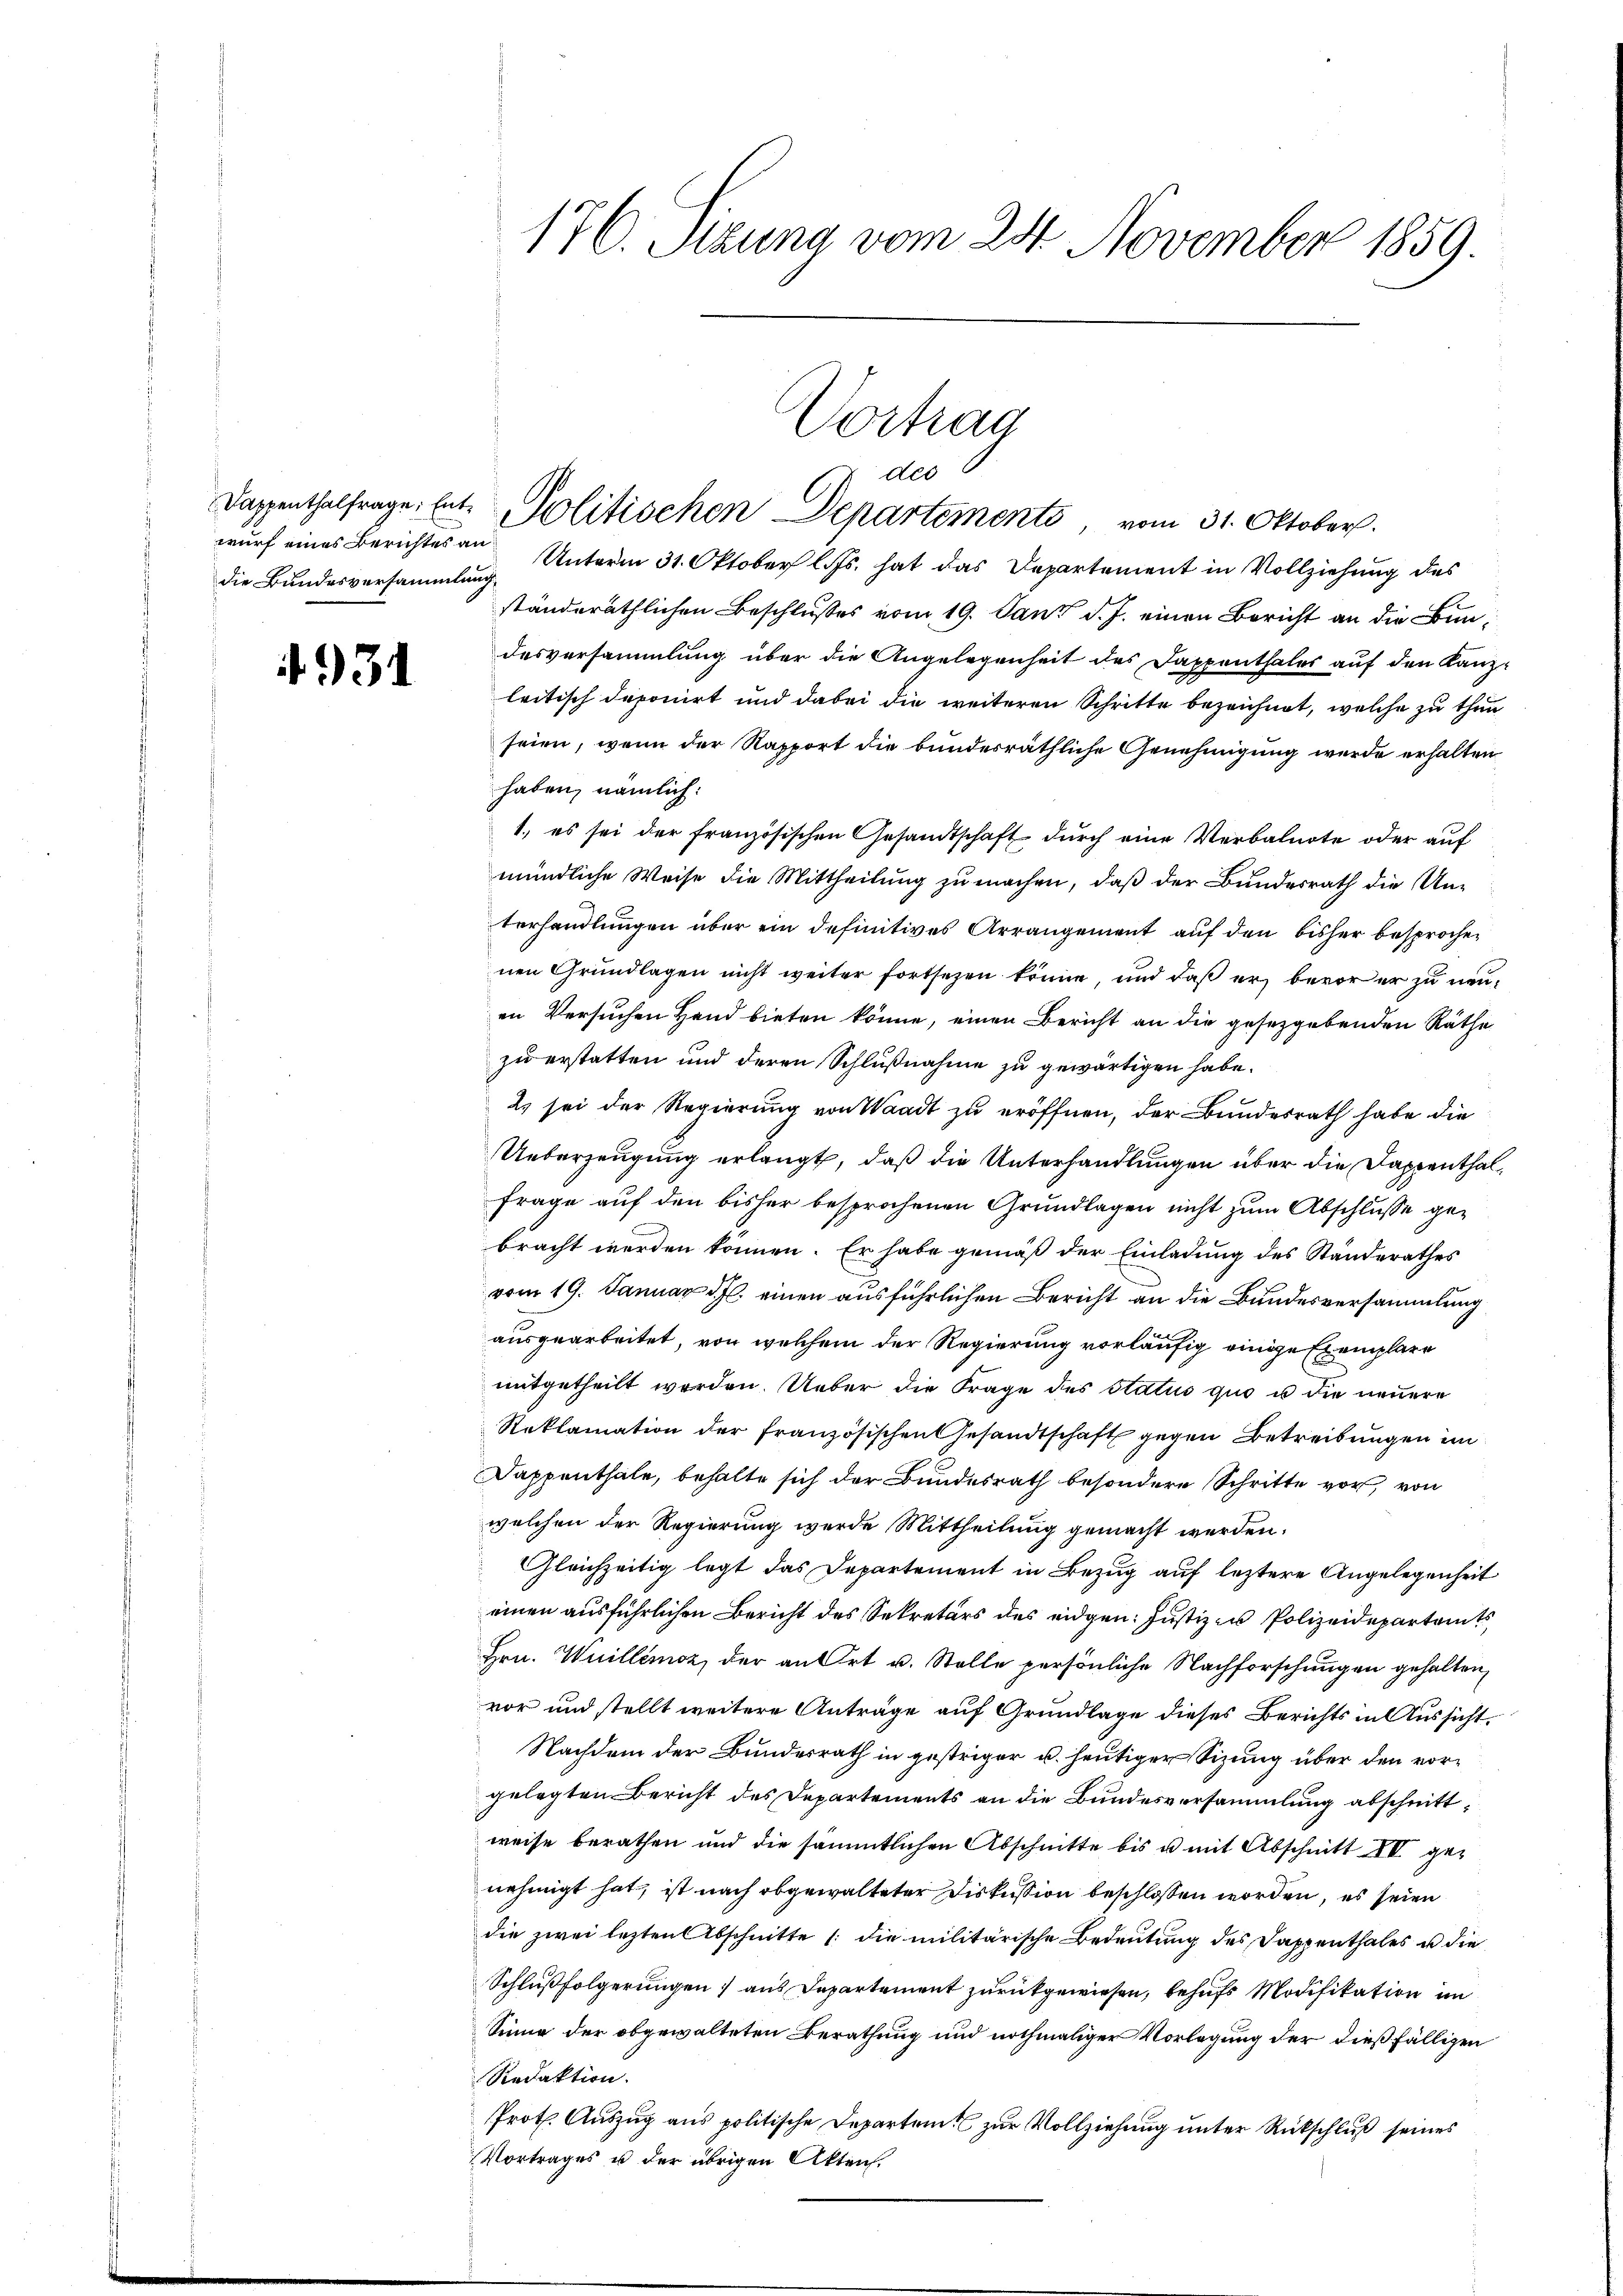
die Bundesversammlung

4931

176. Sitzung vom 24. November 1859.

wurf eines Berichtes an Unterm 31. Oktober l. Js. hat das Departement in Vollziehung des
ständeräthlichen Beschlusses vom 19. Janz d. J. einen Bericht an die Bundesversammlung über die Angelegenheit des Dappenthales auf den Kanz-
leitisch deponirt und dabei die weiteren Schritte bezeichnet, welche zu thun
seien, wenn der Rapport die bundesräthliche Genehmigung wurde erhalten
haben, nämlich:
1. es sei der französischen Gesandtschaft dŭrch eine Verbalnote oder auf
mündliche Weise die Mittheilung zu machen, daß der Bundesrath die Unterhandlungen über ein definitives Arrangement auf den bisher besprochen
nen Grundlagen nicht weiter fortsetzen könne, und daß er bevor er zu neuen Versuchen Hand bieten könne, einen Bericht an die gesetzgebenden Räthe
zu erstatten und deren Schlußnahme zu gewärtigen habe.
2) sei der Regierung von Waadt zu eröffnen, der Bundesrath habe die
Ueberzeugung erlangt, daß die Unterhandlungen über die Dappenthal¬
Frage auf den bisher besprochenen Grundlagen nicht zum Abschlusse gebracht werden können. Er habe gemäß der Einladung des Standerathes
vom 19. Januar d. J. einen ausführlichen Bericht an die Bundesversammlung
ausgearbeitet, von welchem der Regierung vorläufig einige Exemplare
mitgetheilt werden. Ueber die Frage des Status quo u die neuere
Reklamation der französischen Gesandtschaft gegen Betreibungen im
Dappenthale, behalte sich der Bundesrath besondere Schritte vor, von
welchen der Regierung wurde Mittheilung gemacht werden.
Gleichzeitig legt das Departement in Bezug auf leztere Angelegenheit
einen ausführlichen Bericht des Sekretärs des eidgen: Justizen Polizeidepartamts
Hrn. Wuillémoz, der an Ort u. Stelle persönliche Nachforschungen gehalten,
vor und stellt weitere Anträge auf Grundlage dieses Berichts in Aussicht.
Nachdem der Bundesrath in gestriger u. heutiger Sizung über den vorgelegten Bericht des Departements an die Bundesversammlung abschnittweise berathen und die sämmtlichen Abschnitte bis u mit Abschnitt II genehmigt hat, ist nach abgewalteter Diskussion beschlossen worden, es seien
die zwei lezten Abschnitte (die militärische Bedeutung des Dappenthales u die
Schlußfolgerungen aus Departement zurückgewiesen, behufs Modifikation im
Sinne der obgewalteten Berathung und nochmaliger Vorlegung der dießfälligen
Redaktion.
Prot. Auszug aus politische Departen zur Vollziehung unter Rückschluß seines
Vortrages u der übrigen Akten.

Vortrag
67 des
Dappenthalfrage, hat. Politischen Departements, vom 31. Oktober.